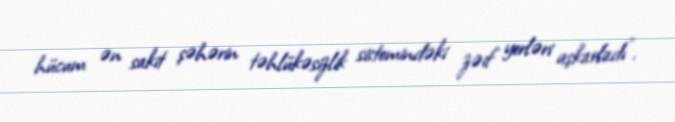
hücum ən sakit şəhərin təhlükəsizlik sistemindəki zəif yerləri aşkarladı”.